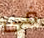
فى